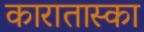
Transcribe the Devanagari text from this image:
कारातास्का